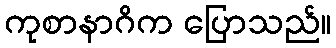
ကုစာနာဂိက ပြောသည်။